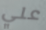
علي